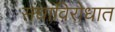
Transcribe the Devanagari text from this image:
संघाविरोधात